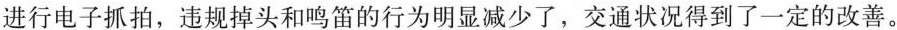
进行电子抓拍，违规掉头和鸣笛的行为明显减少了，交通状况得到了一定的改善。